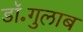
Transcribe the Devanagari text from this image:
डॉ॰गुलाब